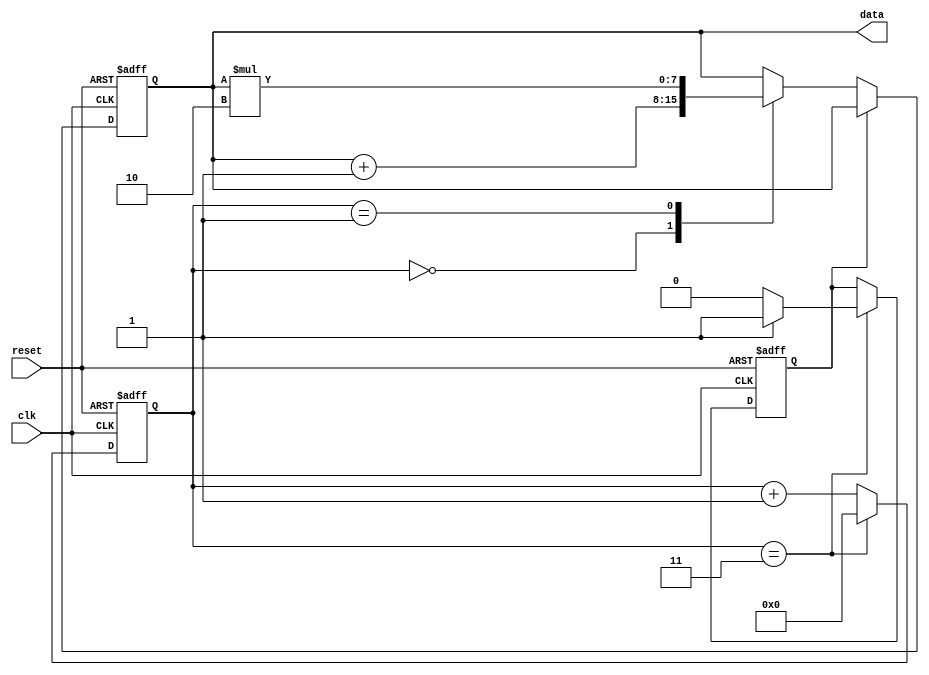
module loop_with_skip_statements(
  input wire clk,
  input wire reset,
  output reg [7:0] data
);

reg [3:0] counter;
reg skip_next_iteration;

always @(posedge clk or posedge reset) begin
  if (reset) begin
    counter <= 0;
    skip_next_iteration <= 0;
    data <= 0;
  end else begin
    if (!skip_next_iteration) begin
      case (counter)
        0: begin
          // Perform some operation
          data <= data + 1;
        end
        1: begin
          // Perform some operation
          data <= data * 2;
        end
        // Add more cases as needed
        default: begin
          // Default case
        end
      endcase
    end
    counter <= counter + 1;
    if (counter == 3) begin
      counter <= 0;
      skip_next_iteration <= (some_condition) ? 1 : 0; // Skip next iteration based on condition
    end
  end
end

endmodule